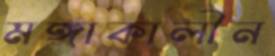
মঙ্গাকালীন